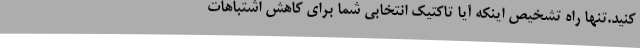
کنید.تنها راه تشخیص اینکه آیا تاکتیک انتخابی شما برای کاهش اشتباهات